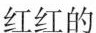
红红的